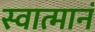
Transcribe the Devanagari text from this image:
स्वात्मानं